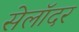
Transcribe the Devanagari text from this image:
सेलॉदर